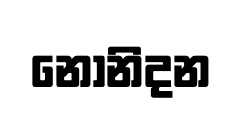
නොනිදන